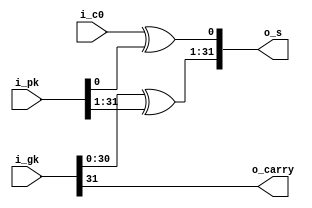
`default_nettype none

module ks_7(
  input  wire        i_c0,
  input  wire [31:0] i_pk,
  input  wire [31:0] i_gk,
  output wire [31:0] o_s,
  output wire        o_carry
);

assign o_carry   = i_gk[31];
assign o_s[0]    = i_c0 ^ i_pk[0];
assign o_s[31:1] = i_gk[30:0] ^ i_pk[31:1];

endmodule